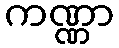
ကဏ္ဏာ